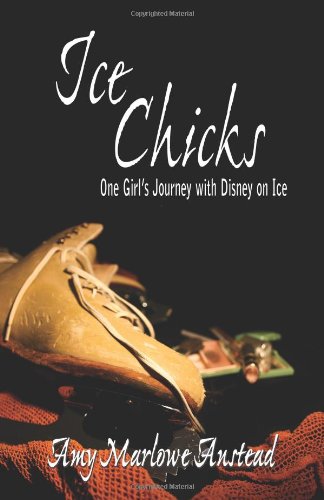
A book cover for Ice Chicks: One Girl's Journey with Disney on Ice; Amy Marlowe Anstead; Sports & Outdoors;